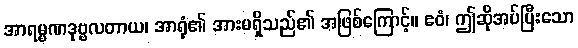
အာရမ္မဏဒုဗ္ဗလတာယ၊ အာရုံ၏ အားမရှိသည်၏ အဖြစ်ကြောင့်။ ဧဝံ၊ ဤဆိုအပ်ပြီးသော